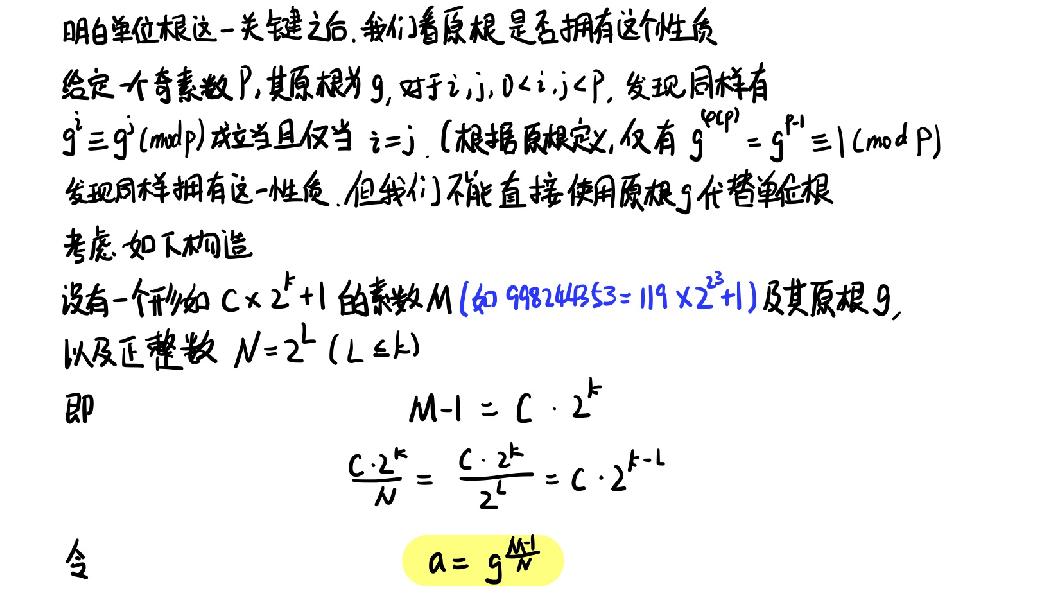
明白单位根这一关键之后，我们看原根是否拥有这个性质。给定一个奇素数 \( p \)，其原根为 \( g \)，对于 \( i, j, 0 < i, j < p \)，发现同样有 \( g^{i} \equiv g^{j} (\text{mod } p) \) 成立当且仅当 \( i = j \)。（根据原根定义，仅有 \( g^{\varphi(p)} = g^{p - 1} \equiv 1 (\text{mod } p) \)）发现同样拥有这一性质，但我们不能直接使用原根 \( g \) 代替单位根。考虑如下构造：设有一个形如 \( C \times 2^{k}+1 \) 的素数 \( M \)（如 \( 998244353 = 119 \times 2^{23}+1 \)）及其原根 \( g \)，以及正整数 \( N = 2^{L} (L \leq k) \)。即
\[
\begin{align*}
M - 1 &= C \cdot 2^{k}\\
\frac{C \cdot 2^{k}}{N} &= \frac{C \cdot 2^{k}}{2^{L}} = C \cdot 2^{k - L}
\end{align*}
\]
令 \( a = g^{\frac{M - 1}{N}} \)